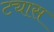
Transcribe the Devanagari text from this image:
ट्यास